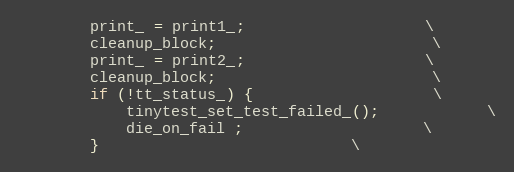
Language: C
		print_ = print1_;					\
		cleanup_block;						\
		print_ = print2_;					\
		cleanup_block;						\
		if (!tt_status_) {					\
			tinytest_set_test_failed_();			\
			die_on_fail ;					\
		}							\